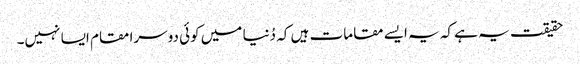
حقیقت یہ ہے کہ یہ ایسے مقامات ہیں کہ دُنیا میں کوئی دوسرا مقام ایسا نہیں۔